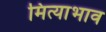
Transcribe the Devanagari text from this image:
मित्याभाव